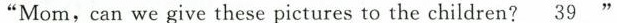
"Mom,can we give these pictures to the children?\underline{39} "